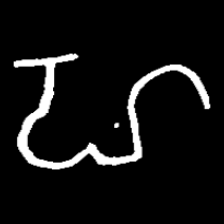
Pyu character \u2014 Myanmar letter: ဟ (romanized: ha)